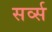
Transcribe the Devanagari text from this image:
सर्व्स